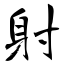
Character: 射